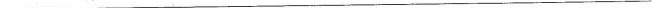
___